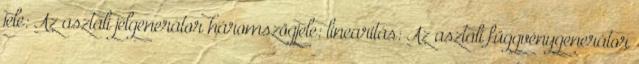
jele: Az asztali jelgenerátor háromszögjele: linearitás: Az asztali függvénygenerátor